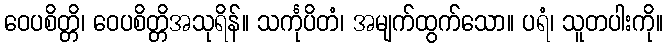
ဝေပစိတ္တိ၊ ဝေပစိတ္တိအသုရိန်။ သင်္ကုပိတံ၊ အမျက်ထွက်သော။ ပရံ၊ သူတပါးကို။